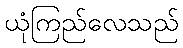
ယုံကြည်လေသည်